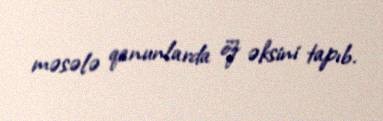
məsələ qanunlarda öz əksini tapıb.